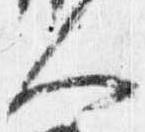
人